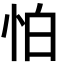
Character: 怕